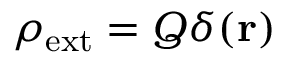
\rho _ { \mathrm { { e x t } } } = Q \delta ( \mathbf { r } )